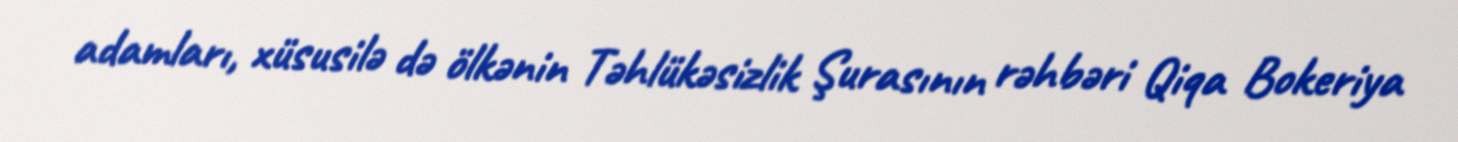
adamları, xüsusilə də ölkənin Təhlükəsizlik Şurasının rəhbəri Qiqa Bokeriya